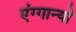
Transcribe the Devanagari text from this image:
एंग्गान्यो